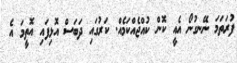
ފުރަތަމަ ނޭނގުނޯ އެއީ ކޮން ކުއްޖެއްކަމެއް. ކަރުގައި ދަބަސް އޮޅިފައި އޮތީމަ އެ